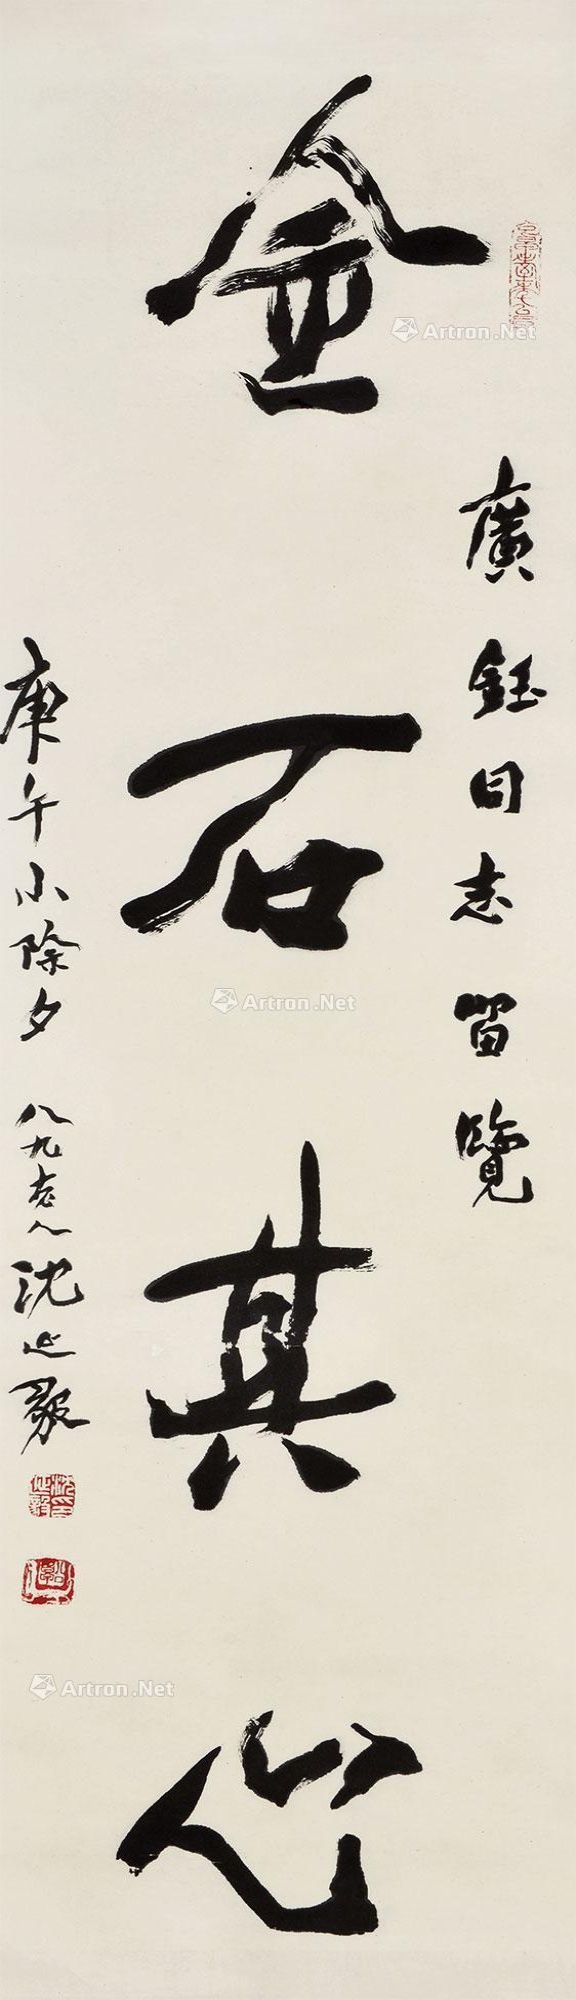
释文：金石其心。广钰同志留览，庚午小除夕，八九老人沈延毅。